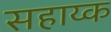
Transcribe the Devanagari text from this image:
सहाय्क